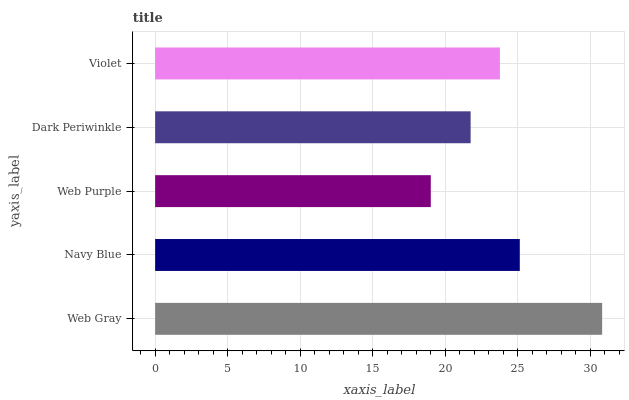
| yaxis_label | bars |
 | --- | --- |
 | Web Gray | 30.8 |
 | Navy Blue | 25.1 |
 | Web Purple | 19 |
 | Dark Periwinkle | 21.7 |
 | Violet | 23.8 |